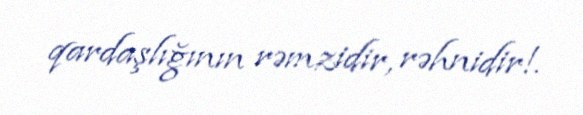
qardaşlığının rəmzidir, rəhnidir!.